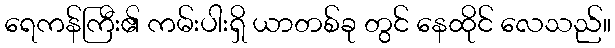
ရေကန်ကြီး၏ ကမ်းပါးရှိ ယာတစ်ခု တွင် နေထိုင် လေသည်။